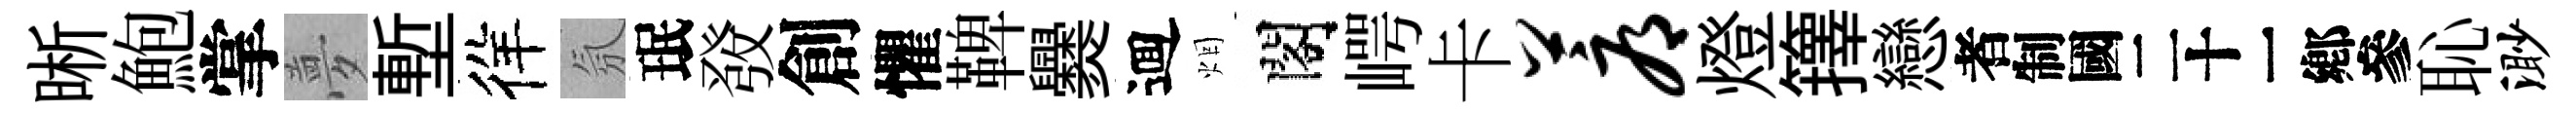
晰鮑掌夢塹徉氛珉𤼲創懼鞞爨逥烟閣崿卡蓐燈籜戀识恥渺